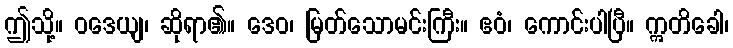
ဤသို့။ ဝဒေယျ၊ ဆိုရာ၏။ ဒေဝ၊ မြတ်သောမင်းကြီး။ ဧဝံ၊ ကောင်းပါပြီ။ ဣတိခေါ၊